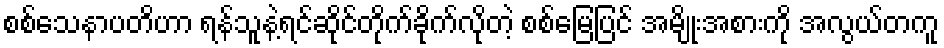
စစ်သေနာပတိဟာ ရန်သူနဲ့ရင်ဆိုင်တိုက်ခိုက်လိုတဲ့ စစ်မြေပြင် အမျိုးအစားကို အလွယ်တကူ